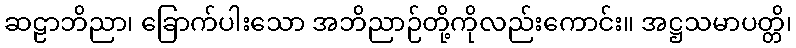
ဆဠာဘိညာ၊ ခြောက်ပါးသော အဘိညာဉ်တို့ကိုလည်းကောင်း။ အဋ္ဌသမာပတ္တိ၊